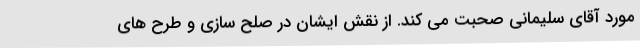
مورد آقای سلیمانی صحبت می کند. از نقش ایشان در صلح سازی و طرح های